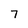
Character: 7